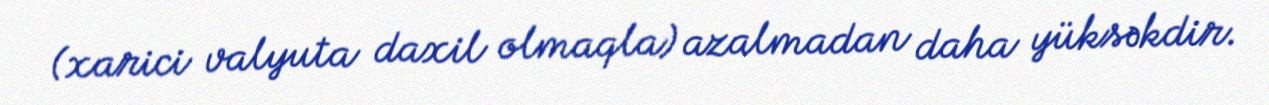
(xarici valyuta daxil olmaqla) azalmadan daha yüksəkdir.